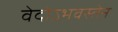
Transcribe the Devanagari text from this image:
वेदोऽभवस्तेन